Annual report on the working of the lock hospitals in the North-Western Provinces and Oudh
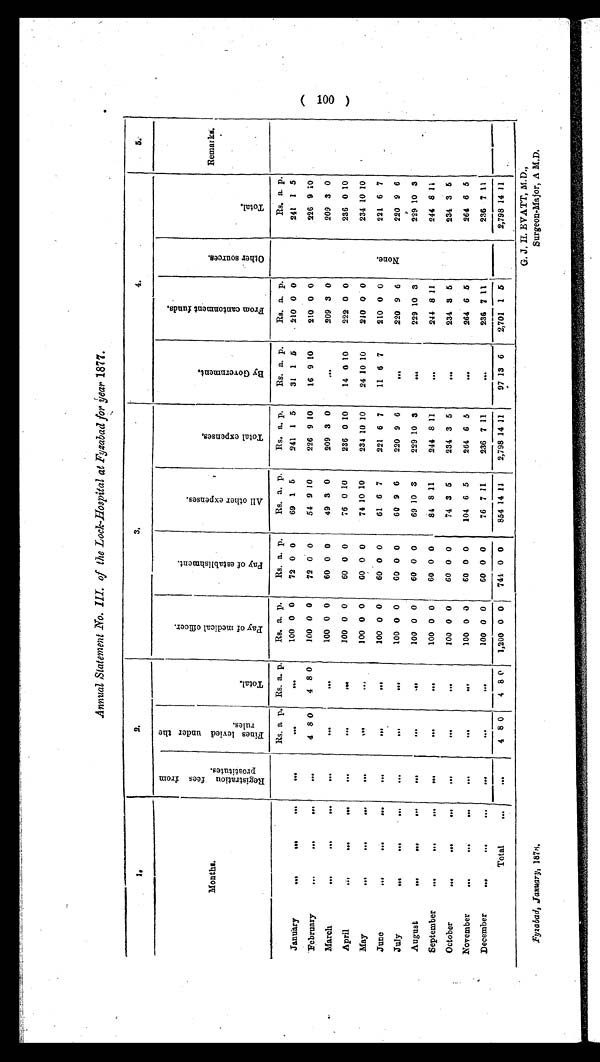
Fyzabad, January, 1878.
G. J. H. EVATT, M.D.,
Surgeon-Major, A M.D.
Annual Statement No. III. of the Lock-Hospital at Fyzabad for bear 1877.
I.
2.
3 .
4.
5.
Months.
R e g i s t r a t i o n f e e s p r o s t i t u t e s .
F i n e s l e v i e d u n d e r t h e r u l e s .
T o t a l .
P a y o f m e d i c a l o f f i c e r . P a y o f e s t a b l i s h m e n t .
A l l o t h e r e x p e n s e s .
T o t a l e x p e n s e s .
B y G o v e r n m e n t .
F r o m c a n t o m e n t f u n d s .
O t h e r s o u r c e s .
T o t a l .
Remarks.
Rs. a p. Rs. a. p.
Rs. a. p.
Rs. a. p.
Rs. a. p.
Rs. a. p.
Rs. a. p.
Rs. a. p.
N o n e .
Rs. a. p.
January
...
...
...
. . .
. . .
. . . 100 0 0
72 0 0
69 1 5
241 1 5
31 1 5
210 0 0
241 1 5
February
...
...
...
. . .
4 8 0 4 8 0
100 0 0
72 0 0
54 9 10
226 9 10
16 9 10
210 0 0
226 9 10
March
...
. . .
...
. . .
. . .
. . . 100 0 0
60 0 0
49 3 0
209 3 0
...
209 3 0
209 3 0
April
...
. . .
...
. . .
. . .
. . . 100 0 0
60 0 0
76 0 10
236 0 10
14 0 10
222 0 0
236 0 10
May
...
. . .
...
. . .
. . .
. . . 100 0 0
6 0
0 0
74 10 10
234 10 10
24 10 10
210 0 0
234 10 10
June
...
...
...
...
...
. . . 100 0 0
60 0 0
61 6 7
221 6 7
11 6 7
210 0 0
221 6 7
July ...
. . .
. . .
. . .
. . .
. . . 100 0 0
60 0 0
60 9 6
220 9 6
...
220 9 6
220 9 6
August
...
. . .
...
. . .
. . .
. . . 100 0 0
60 0 0
69 10 3
229 10
. . .
229 10 3
229 10 3
September
...
...
...
...
. . .
. . . 100 0 0
60 0 0
84 8 11
244 8 1
. . .
244 8 11
244 8 11
October
...
. . .
...
. . .
. . .
. . . 100 0 0
60 0 0
74 3 5
234 3 5
...
234 3 5
234 3 5
November
...
...
. . .
. . .
...
. . . 100 0 0
60 0 0
104 6 5
264 6 5
...
264 6 5
264 6 5
December
...
...
...
. . .
. . .
. . . 100 0 0
60 0 0
76 7 11
236 7 11
. . .
236 7 11
236 7 11
Total
...
. . .
4 8 0
4 8 0 1,200 0 0 744 0 0
854 14 11
2,798 14 11
97 13 6
2,701 1 5
2,798 14 11